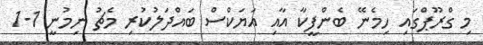
މި ގްރޫޕްގައި ހިމެނޭ ބެންފީކާ އާއި އަޔަކްސް ބައްދަލުކުރި މެޗު ނިމުނީ 1-1